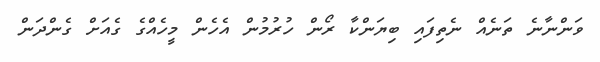
ވަންނާނެ ތަނެއް ނެތިފައި ބިޔަންކާ ރޯން ހުރުމުން އެހެން މީހެއްގެ ގެއަށް ގެންދަން